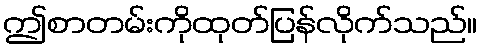
ဤစာတမ်းကိုထုတ်ပြန်လိုက်သည်။